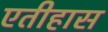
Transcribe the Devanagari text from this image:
एतीहास